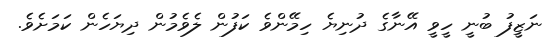
ނަޒީފު ބުނީ ހީވީ އޭނާގެ ދުނިޔެ ހިމޭންވެ ކަފުން ލެވެމުން ދިޔަހެން ކަމަށެވެ.